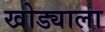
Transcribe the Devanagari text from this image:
खोड्याला